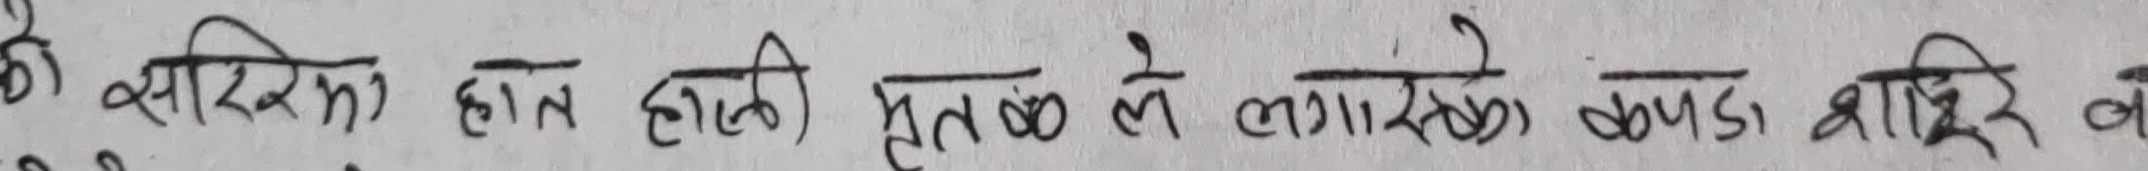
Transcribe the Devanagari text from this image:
की सरिक हाल होती । मुतुक ले लगासेको कपडा बाहिर ने